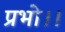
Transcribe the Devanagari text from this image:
प्रभो।।